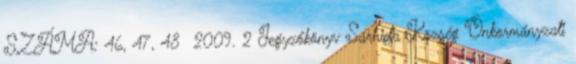
SZÁMA: 46, 47, 48 2009. 2 Jegyzőkönyv Sárhida Község Önkormányzati